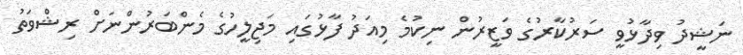
ނަޝީދު ވިދާޅުވީ ސަރުކާރުގެ ވަޒީރުން ނިކުމެ މިއަދު ފާޅުގައި މަޖިލީހުގެ މެންބަރުންނަށް ރިޝްވަތު